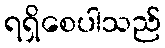
ရရှိစေပါသည်